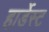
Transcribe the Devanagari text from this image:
हार्डेस्ट